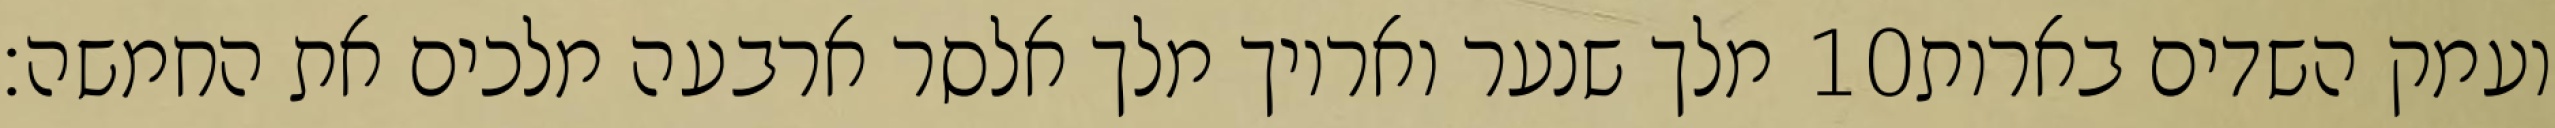
מלך שנער ואריוך מלך אלסר ארבעה מלכים את החמשה׃ ‎10‏ ועמק השדים בארות